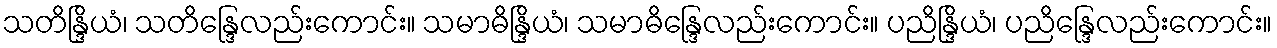
သတိန္ဒြိယံ၊ သတိန္ဒြေလည်းကောင်း။ သမာဓိန္ဒြိယံ၊ သမာဓိန္ဒြေလည်းကောင်း။ ပညိန္ဒြိယံ၊ ပညိန္ဒြေလည်းကောင်း။